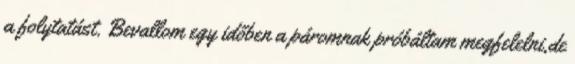
a folytatást. Bevallom egy időben a páromnak próbáltam megfelelni,de